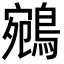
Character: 鵷